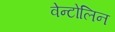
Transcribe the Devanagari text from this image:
वेन्टोलिन